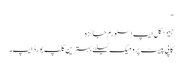
"
جیمز کل ایپ اسٹورم جائزہ
کاپی پیسٹ پرو میک کیلئے بہترین کلپ بورڈ ایپ۔